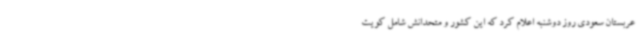
عربستان سعودی روز دوشنبه اعلام کرد که این کشور و متحدانش شامل کویت